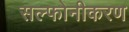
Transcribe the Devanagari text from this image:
सल्फोनीकरण